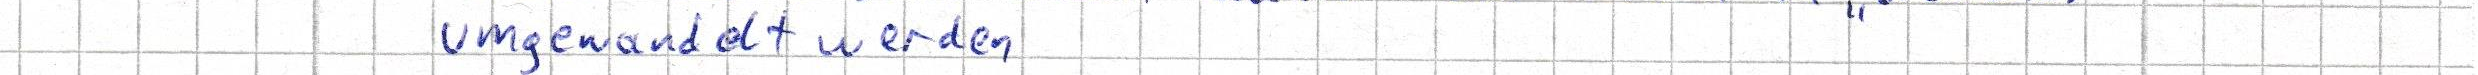
umgewandelt werden